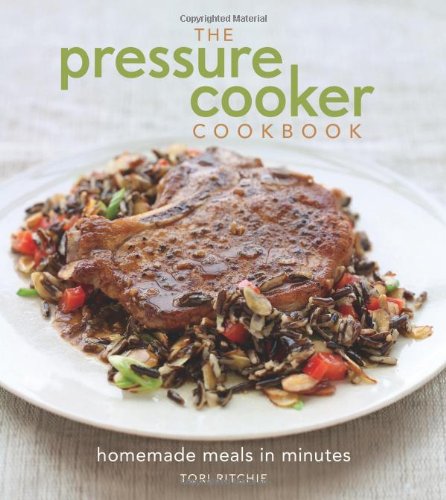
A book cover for The Pressure Cooker Cookbook: Homemade Meals in Minutes; Tori Ritchie; Cookbooks, Food & Wine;